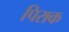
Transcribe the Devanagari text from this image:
पिराक